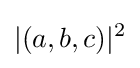
|(a,b,c)|^{2}